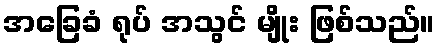
အခြေခံ ရုပ် အသွင် မျိုး ဖြစ်သည်။